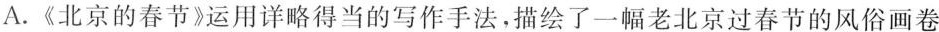
A.《北京的春节》运用详略得当的写作手法，描绘了一幅老北京过春节的风俗画卷